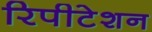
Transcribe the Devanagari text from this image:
रिपीटेशन